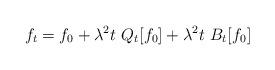
LaTeX: \begin{align*}f_t = f_0 + \lambda^2 t \ Q_t [f_0 ]+ \lambda^2 t\ B_t [f_0 ] \end{align*}